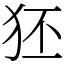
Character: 狉